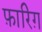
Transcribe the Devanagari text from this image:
फ़ारिग़